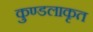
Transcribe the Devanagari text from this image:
कुण्डलाकृत